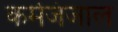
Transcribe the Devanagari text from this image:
कर्मजंजाल